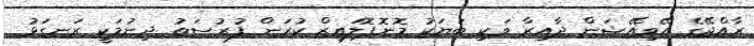
ރާއްޖޭގެ އޭވިއޭޝަން ދާއިރާ ވަކި ބަޔަކު މޮނޮޕޮލައިޒް ކުރަން ފުރުސަތު ދިނުމަކީ ރަނގަޅު